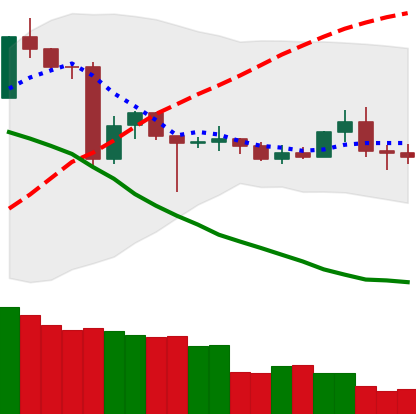
Ticker: TRX-USD
Chart end date: 2020-06-26
Forward return: 6.502%
Label: up_5_7